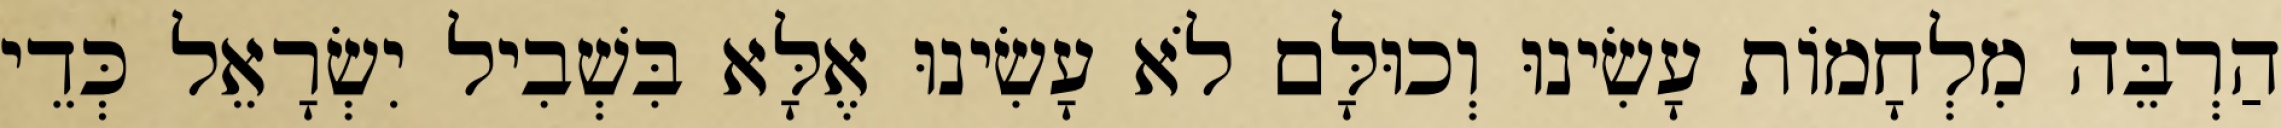
הַרְבֵּה מִלְחָמוֹת עָשִׂינוּ וְכוּלָּם לֹא עָשִׂינוּ אֶלָּא בִּשְׁבִיל יִשְׂרָאֵל כְּדֵי